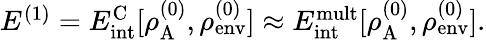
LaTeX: \begin{array}{r}{E^{(1)}=E_{\mathrm{int}}^{\mathrm{C}}[\rho_{\mathrm{A}}^{(0)},\rho_{\mathrm{env}}^{(0)}]\approx E_{\mathrm{int}}^{\mathrm{mult}}[\rho_{\mathrm{A}}^{(0)},\rho_{\mathrm{env}}^{(0)}].}\end{array}